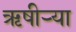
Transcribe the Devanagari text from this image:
ऋषीऱ्या